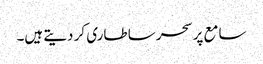
سامع پر سحر سا طاری کر دیتے ہیں۔